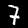
Label: 7